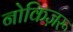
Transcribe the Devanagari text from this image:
नोकिज़रू